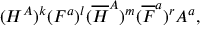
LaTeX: ( H ^ { A } ) ^ { k } ( F ^ { a } ) ^ { l } ( { \overline { { H } } } ^ { A } ) ^ { m } ( { \overline { { F } } } ^ { a } ) ^ { r } A ^ { a } ,